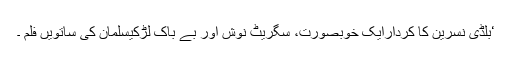
‘بلڈی نسرین کا کردارایک خوبصورت، سگریٹ نوش اور بے باک لڑکیسلمان کی ساتویں فلم ۔